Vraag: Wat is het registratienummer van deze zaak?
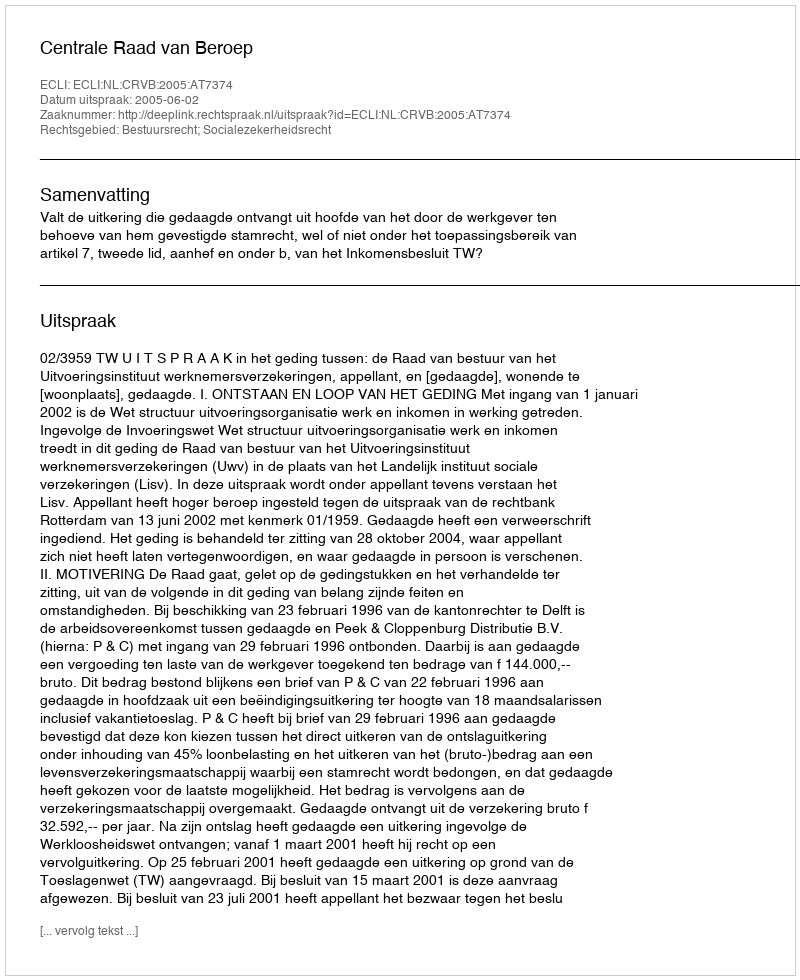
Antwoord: http://deeplink.rechtspraak.nl/uitspraak?id=ECLI:NL:CRVB:2005:AT7374